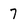
Character: 7